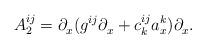
LaTeX: \begin{align*}A_{2}^{ij}=\partial _{x}^{{}}( g^{ij}\partial_{x}^{{}}+c_{k}^{ij}a_{x}^{k}) \partial _{x}^{{}}. \end{align*}